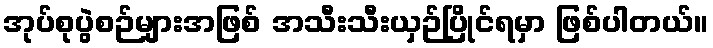
အုပ်စုပွဲစဉ်များအဖြစ် အသီးသီးယှဉ်ပြိုင်ရမှာ ဖြစ်ပါတယ်။